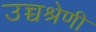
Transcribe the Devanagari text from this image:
उच्चश्रेणी